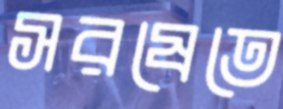
সরষেতে